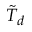
\tilde { T } _ { d }